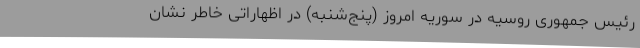
رئیس جمهوری روسیه در سوریه امروز (پنج‌شنبه) در اظهاراتی خاطر نشان